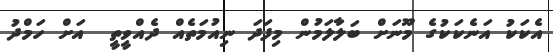
އެކަކު އަނެކަކުގެ މޫނަށް ބަލާލަމުން މިފަދަ ނިއުމަތެއް ދެއްވީތީ  އަށް ހަމްދު